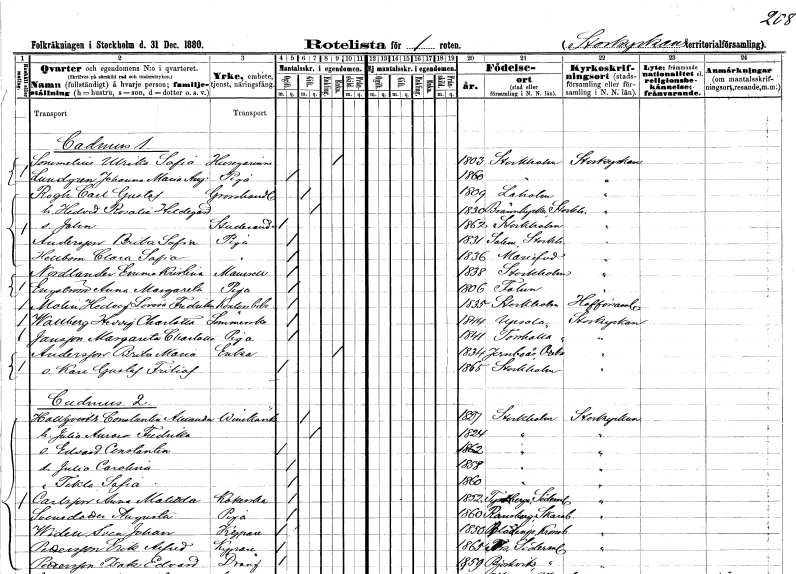
gt_parse: households: individuals: FN: Ulrika Sofia
EN: Sommelius
YRKE: Husägarinna
KON: K
CIV: E
FODAR: 1803
FODFORS: Stockholm
FN: Johanna Maria Augusta
EN: Lundgren
YRKE: Piga
KON: K
CIV: O
FODAR: 1860
FODFORS: Stockholm
FN: Carl Gustaf
EN: Rogh
YRKE: Grosshandlare
KON: M
CIV: G
FODAR: 1809
FODFORS: Laholm Hallands län
FN: Hedvid Rosalie Hildegard
KON: K
CIV: G
FODAR: 1830
FODFORS: Brännkyrka Stockholms län
FN: John
YRKE: Studerande
KON: M
CIV: O
FODAR: 1862
FODFORS: Stockholm
FN: Brita Sofia
EN: Andersson
YRKE: Piga
KON: K
CIV: O
FODAR: 1831
FODFORS: Salem Skaraborgs län
FN: Clara Sofia
EN: Hellbom
YRKE: Piga
KON: K
CIV: O
FODAR: 1836
FODFORS: Mariefred Södermanlands län
FN: Emma Kristina
EN: Nordlander
KON: K
CIV: O
FODAR: 1838
FODFORS: Stockholm
FN: Anna Margareta
EN: Engström
YRKE: Piga
KON: K
CIV: O
FODAR: 1806
FODFORS: Falun Kopparbergs län
FN: Hedvig Lovisa Fredrika
EN: Molin
YRKE: Kontorsbiträde
KON: K
CIV: O
FODAR: 1835
FODFORS: Stockholm
FN: Hedvig Charlotta
EN: Wallberg
YRKE: Sömmerska
KON: K
CIV: O
FODAR: 1844
FODFORS: Uppsala Uppsala län
FN: Margareta Chrlotta
EN: Jansson
YRKE: Piga
KON: K
CIV: O
FODAR: 1841
FODFORS: Torshälla Södermanlands län
FN: Brita Maria
EN: Andersson
YRKE: Änka
KON: K
CIV: E
FODAR: 1834
FODFORS: Järnboås Örebro län
FN: Karl Gustaf Fritiof
KON: M
CIV: O
FODAR: 1865
FODFORS: Stockholm
FN: Constantin Alexander
EN: Hallqvisth
YRKE: Vinskänk
KON: M
CIV: G
FODAR: 1827
FODFORS: Stockholm
FN: Julia Aurora Fredrika
KON: K
CIV: G
FODAR: 1824
FODFORS: Stockholm
FN: Edvard Constantin
KON: M
CIV: O
FODAR: 1862
FODFORS: Stockholm
FN: Julia Carolina
KON: K
CIV: O
FODAR: 1858
FODFORS: Stockholm
FN: Tekla Sofia
KON: K
CIV: O
FODAR: 1860
FODFORS: Stockholm
FN: Anna Matilda
EN: Carlsson
YRKE: Kokerska
KON: K
CIV: O
FODAR: 1852
FODFORS: Tystberga Södermanlands län